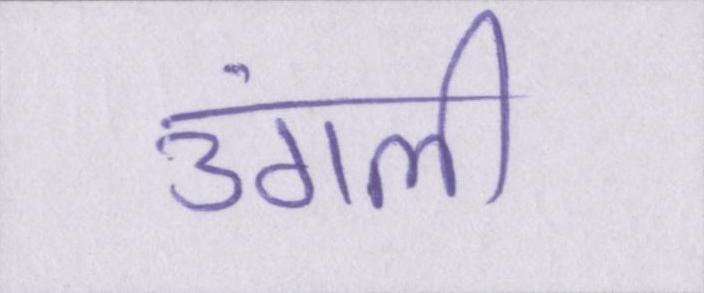
उंगली